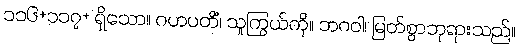
၁၁၆+၁၁၇+ ရှိသော။ ဂဟပတိံ၊ သူကြွယ်ကို။ ဘဂဝါ၊ မြတ်စွာဘုရားသည်။